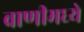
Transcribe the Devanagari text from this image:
वाणीमध्ये